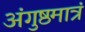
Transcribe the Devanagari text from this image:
अंगुष्ठमात्रं